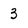
Character: 3